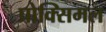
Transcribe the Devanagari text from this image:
प्रोक्सिमल